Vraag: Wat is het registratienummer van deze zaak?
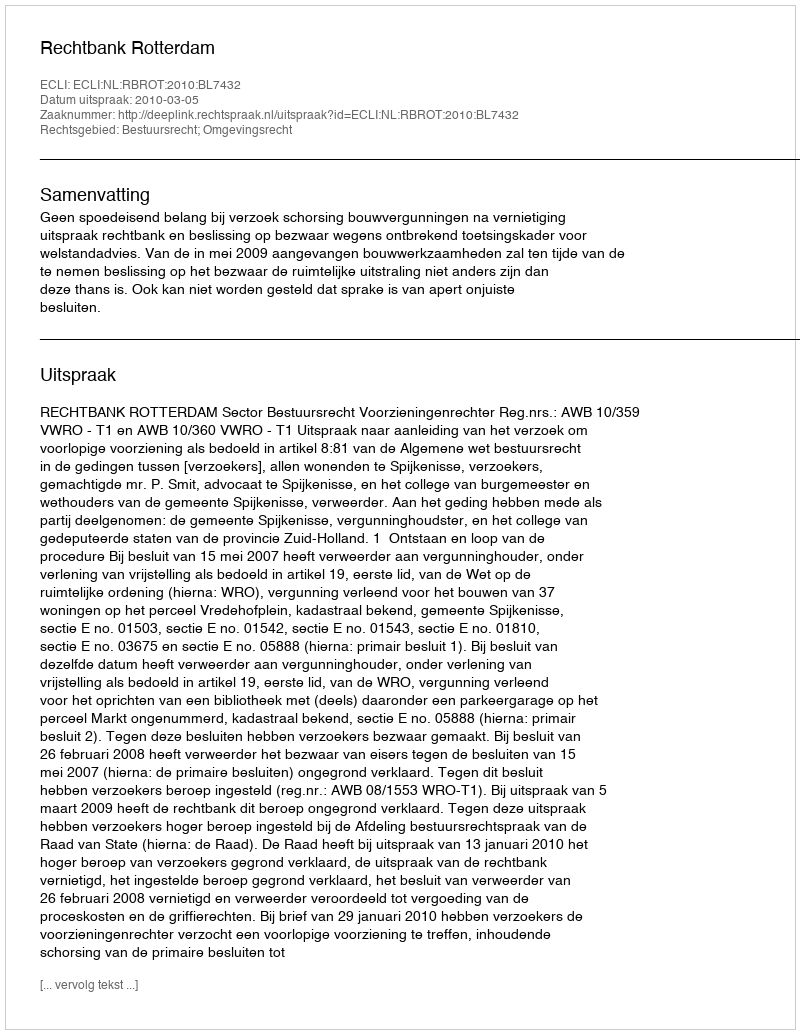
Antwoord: http://deeplink.rechtspraak.nl/uitspraak?id=ECLI:NL:RBROT:2010:BL7432